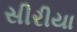
સીરીયા